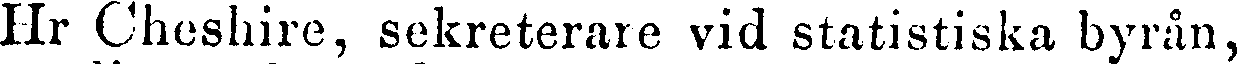
Hr Cheshire, sekreterare vid statistiska byrån,